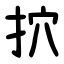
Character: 㧒